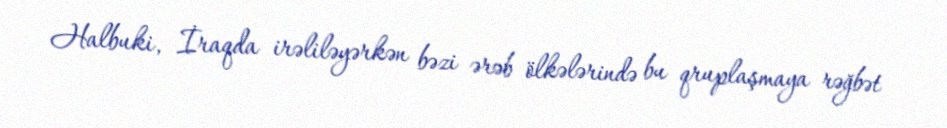
Halbuki, İraqda irəliləyərkən bəzi ərəb ölkələrində bu qruplaşmaya rəğbət